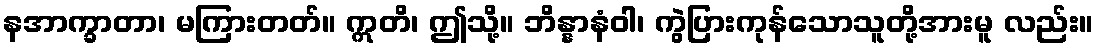
နအာက္ခာတာ၊ မကြားတတ်။ ဣတိ၊ ဤသို့။ ဘိန္နာနံဝါ၊ ကွဲပြားကုန်သောသူတို့အားမူ လည်း။